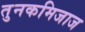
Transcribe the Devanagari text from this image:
तुनकमिजाज